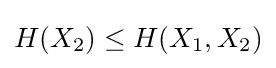
H(X_{2})\leq H(X_{1},X_{2})